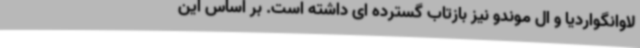
لاوانگواردیا و ال موندو نیز بازتاب گسترده ای داشته است. بر اساس این